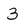
Character: 3